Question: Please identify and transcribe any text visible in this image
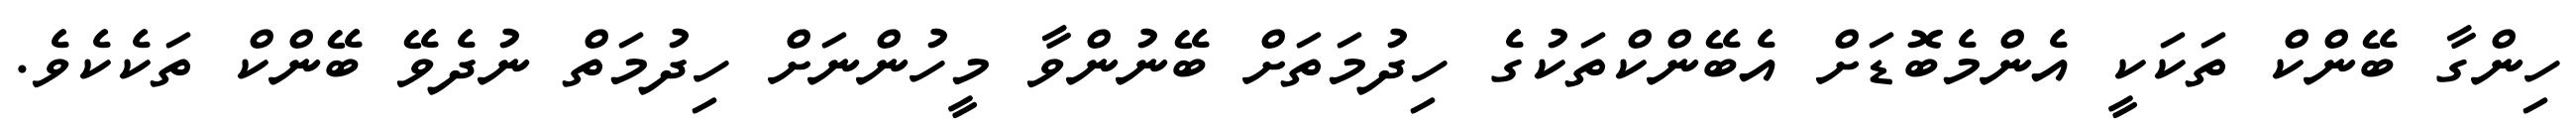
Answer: ހިންގާ ބޭންކް ތަކަކީ އެންމެބޮޑަށް އެބޭންކްތަކުގެ ހިދުމަތަށް ބޭނުންވާ މީހުންނަށް ހިދުމަތް ނުދެވޭ ބޭންކް ތަކެކެވެ.